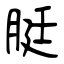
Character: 脡